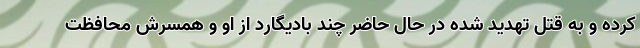
کرده و به قتل تهدید شده در حال حاضر چند بادیگارد از او و همسرش محافظت